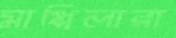
মাপ্পিলারা